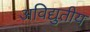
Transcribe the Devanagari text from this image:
अविद्युतीय